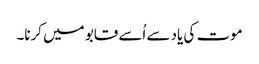
موت کی یاد سے اُسے قابو میں کرنا۔